Civil Veterinary Department. Madras. Admin. report 1926-33 - 1926-1933
Year: 1926
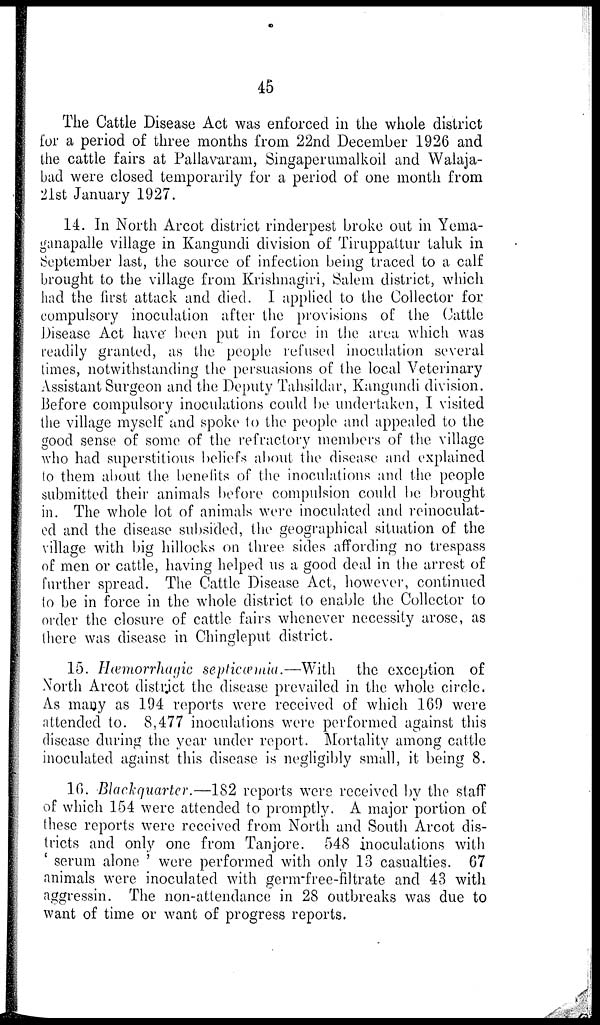
45
The Cattle Disease Act was enforced in the whole district
for a period of three months from 22nd December 1926 and
the cattle fairs at Pallavaram, Singaperumalkoil and Walaja-
bad were closed temporarily for a period of one month from
21st January 1927.
14. In North Arcot district rinderpest broke out in Yema-
ganapalle village in Kangundi division of Tiruppattur taluk in
September last, the source of infection being traced to a calf
brought to the village from Krishnagiri, Salem district, which
had the first attack and died. I applied to the Collector for
compulsory inoculation after the provisions of the Cattle
Disease Act have boon put in force in the area which was
readily granted, as the people refused inoculation several
times, notwithstanding the persuasions of the local Veterinary
Assistant Surgeon and the Deputy Tahsildar, Kangundi division.
Before compulsory inoculations could be undertaken, I visited
the village myself and spoke to the people and appealed to the
good sense of some of the refractory members of the village
who had superstitious beliefs about the disease and explained
to them about the benefits of the inoculations and the people
submitted their animals before compulsion could be brought
in. The whole lot of animals were inoculated and reinoculat-
ed and the disease subsided, the geographical situation of the
village with big hillocks on three sides affording no trespass
of men or cattle, having helped us a good deal in the arrest of
further spread. The Cattle Disease Act, however, continued
to be in force in the whole district to enable the Collector to
order the closure of cattle fairs whenever necessity arose, as
there was disease in Chingleput district.
15. Hæmorrhagic septicæmia.—With the exception of
North Arcot district the disease prevailed in the whole circle.
As many as 194 reports were received of which 169 were
attended to 8,477 inoculations were performed against this
disease during the year under report. Mortality among cattle
inoculated against this disease is negligibly small, it being 8.
1G. Blackquarter.—182 reports were received by the staff
of which 154 were attended to promptly. A major portion of
these reports were received from North and South Arcot dis-
tricts and only one from Tanjore. 548 inoculations with
' serum alone ' were performed with only 13 casualties. 67
animals were inoculated with germ-free-filtrate and 43 with
aggressin. The non-attendance in 28 outbreaks was due to
want of time or want of progress reports.